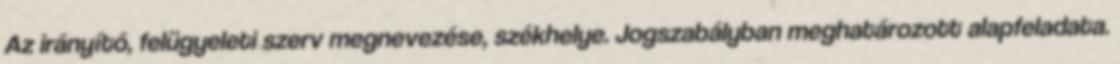
Az irányító, felügyeleti szerv megnevezése, székhelye. Jogszabályban meghatározott alapfeladata.